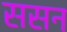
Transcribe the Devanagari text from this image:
ससन